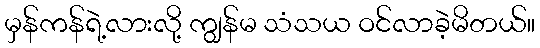
မှန်ကန်ရဲ့လားလို့ ကျွန်မ သံသယ ဝင်လာခဲ့မိတယ်။